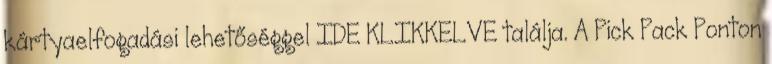
kártyaelfogadási lehetőséggel IDE KLIKKELVE találja. A Pick Pack Ponton